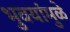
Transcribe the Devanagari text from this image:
भुवयांमुळे